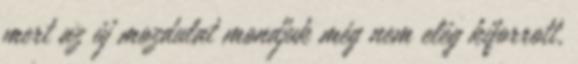
mert az új mozdulat mondjuk még nem elég kiforrott,